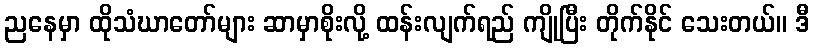
ညနေမှာ ထိုသံဃာတော်များ ဆာမှာစိုးလို့ ထန်းလျက်ရည် ကျိုပြီး တိုက်နိုင် သေးတယ်။ ဒီ